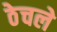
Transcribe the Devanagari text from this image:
ठेचले